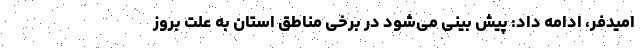
امیدفر، ادامه داد: پیش بینی می‌شود در برخی مناطق استان به علت بروز